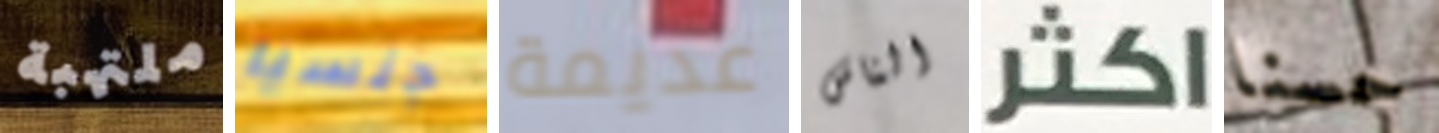
ملتهبة جنسيا عديمة الناس اكثر حسنا